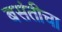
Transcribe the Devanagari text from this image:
बसंतीचा